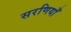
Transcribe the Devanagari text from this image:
सरणियाँ